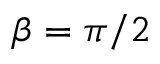
\beta = \pi / 2